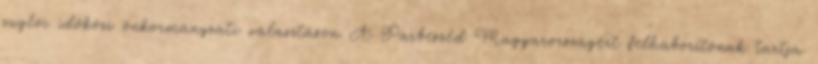
zuglói időközi önkormányzati választáson A Párbeszéd Magyarországért felháborítónak tartja